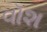
વૉશ